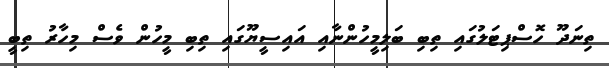
ތިނަދޫ ހޮސްޕިޓަލުގައި ތިބި ބަލިމީހުންނާއި އައިސީޔޫގައި ތިބި މީހުން ވެސް މިހާރު ތިބީ